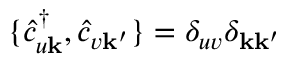
\{ \hat { c } _ { u \mathbf { k } } ^ { \dagger } , \hat { c } _ { v \mathbf { k ^ { \prime } } } \} = \delta _ { u v } \delta _ { \mathbf { k } \mathbf { k ^ { \prime } } }